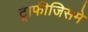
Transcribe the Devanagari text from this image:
ट्राफीजिसमे